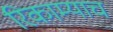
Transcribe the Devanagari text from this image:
रिकाम्याच